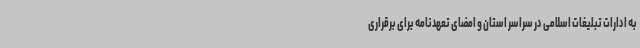
به ادارات تبلیغات اسلامی در سراسر استان و امضای تعهدنامه برای برقراری